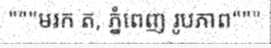
"""មរក ត, ភ្នំពេញ រូបភាព"""